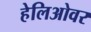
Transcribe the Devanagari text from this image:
हेलिओवर